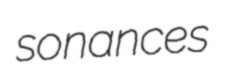
sonances